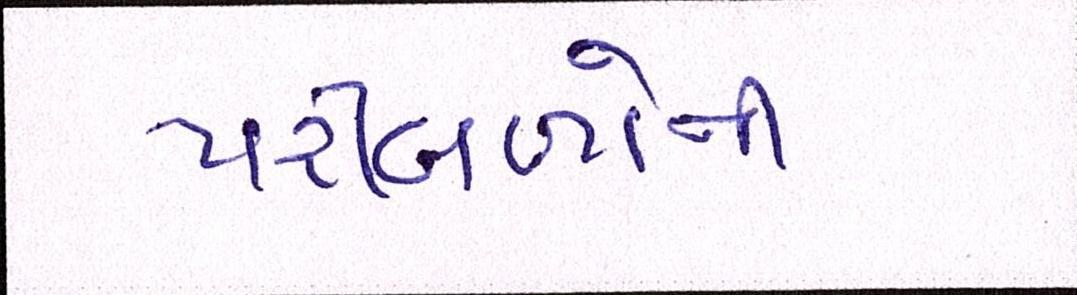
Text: પરીબળોની